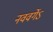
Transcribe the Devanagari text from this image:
नववर्गेऽ